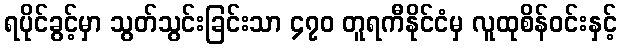
ရပိုင်ခွင့်မှာ သွတ်သွင်းခြင်းသာ ၄၇၀ တူရကီနိုင်ငံမှ လူထုစိန်ဝင်းနှင့်